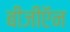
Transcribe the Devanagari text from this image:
बीजीऍन